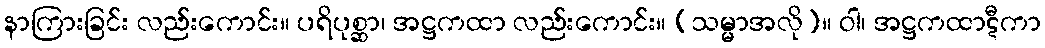
နာကြားခြင်း လည်းကောင်း။ ပရိပုစ္ဆာ၊ အဋ္ဌကထာ လည်းကောင်း။ (သမ္မာအလို)။ ဝါ၊ အဋ္ဌကထာဋီကာ